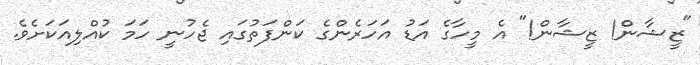
"ޒީޝާން! ޒީޝާން!" އެ މީހާގެ އަޑު އަހަރެންގެ ކަންފަތުގައި ޖެހުނީ ހަމަ ކުއްލިއަކަށެވެ.